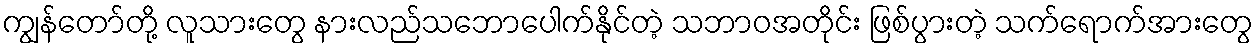
ကျွန်တော်တို့ လူသားတွေ နားလည်သဘောပေါက်နိုင်တဲ့ သဘာဝအတိုင်း ဖြစ်ပွားတဲ့ သက်ရောက်အားတွေ